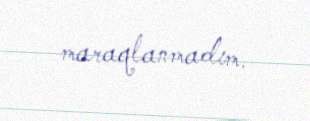
maraqlanmadım.